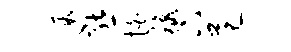
遐熊怕秋下范